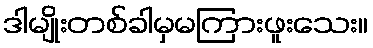
ဒါမျိုးတစ်ခါမှမကြားဖူးသေး။